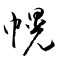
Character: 幌